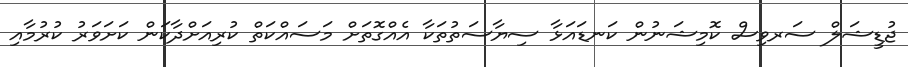
ޖުޑީޝަލް ސަރވިސް ކޮމިޝަނުން ކަނޑައަޅާ ސިޔާސަތުތަކާ އެއްގޮތަށް މަސައްކަތް ކުރިއަށްދާކަން ކަށަވަރު ކުރުމާއި